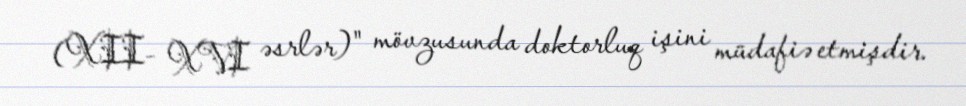
(XII- XVI əsrlər)" mövzusunda doktorluq işini müdafiə etmişdir.